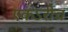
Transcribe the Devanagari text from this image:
एकऽरीच